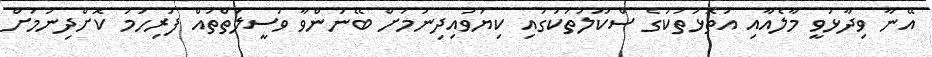
އޭނާ ވިދާޅުވީ މާލެއާއި އަތޮޅުތަކުގެ ސްކޫލުތަކުގައި ކިޔަވައިދިނުމަށް ބޭނުންވާ ވަސީލަތްތައް ފުރިހަމަ ކޮށްދިނުމަށް